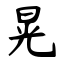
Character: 晃